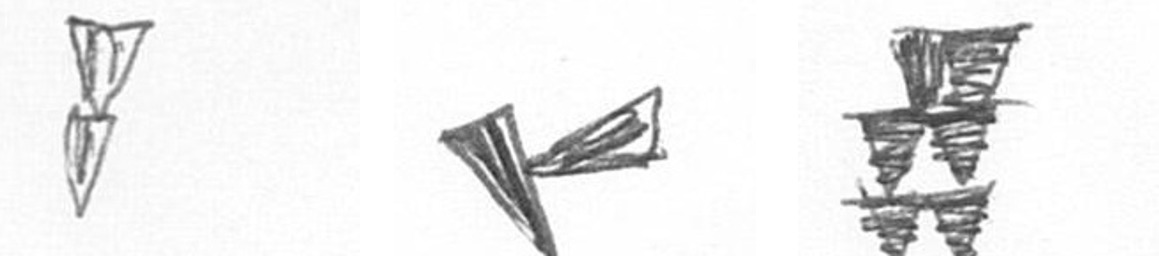
Z F Y